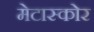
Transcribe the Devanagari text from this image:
मेटास्कोर